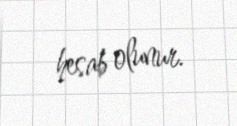
hesab olunur.